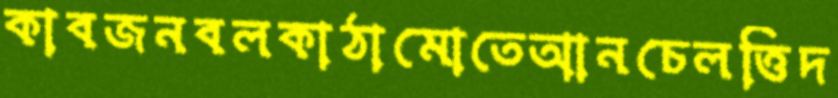
কাবজনবলকাঠামোতেআনচেলত্তিদ